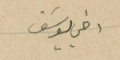
اخي يوسَف